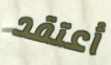
أعتقد